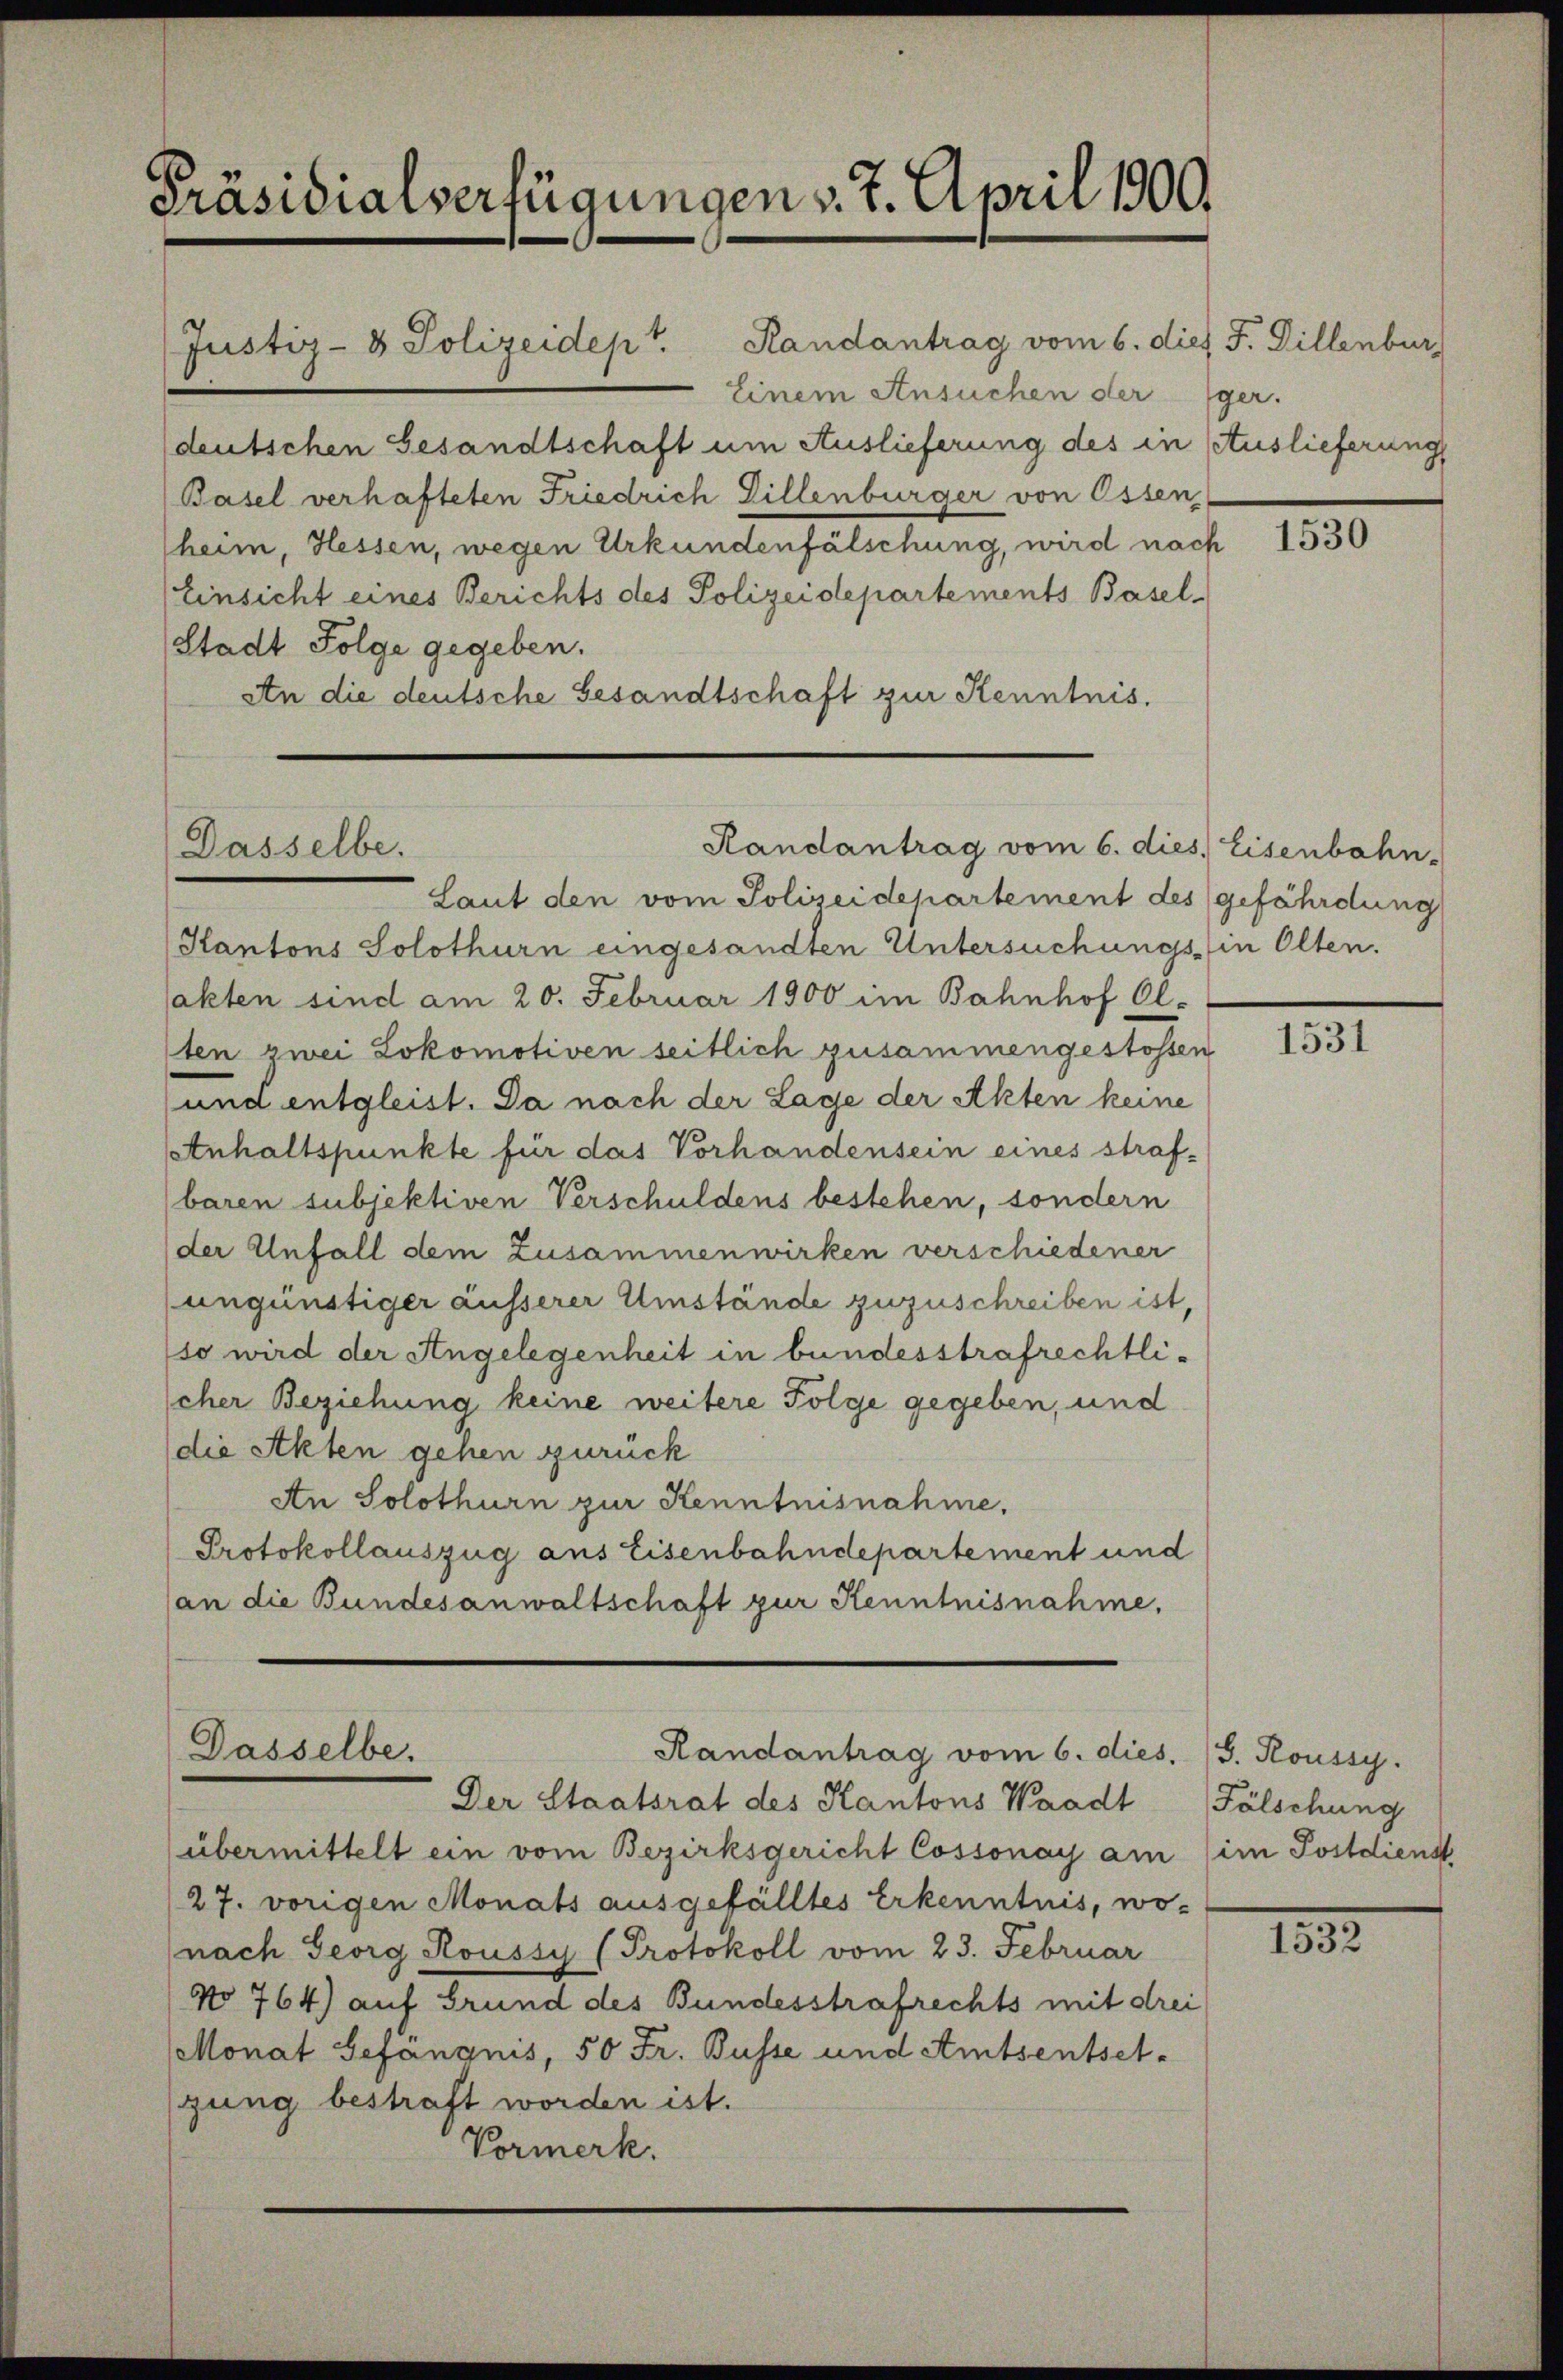
Präsidialverfügungen v. 7. April 1900.

Justiz- & Polizeidept. Randantrag vom 6. dies J. Dillenburg
Einem Ansuchen der
deutschen Gesandtschaft um Auslieferung des in Auslieferung
Basel verhafteten Friedrich Dillenburger von Essen,
heim, Hessen, wegen Urkundenfälschung, wird nach
(Einsicht eines Berichts des Polizeidepartements Basel-
Stadt Folge gegeben.
An die deutsche Gesandtschaft zur Kenntnis.

Dasselbe.

Randantrag vom 6. dies Eisenbahn.

Laut den vom Polizeidepartement des gefährdung
Kantons Solothurn eingesandten Untersuchungs- in Olten.
sakten sind am 20. Februar 1900 im Bahnhof El-
ten zwei Lokomotiven seitlich zusammengestossen
und entgleist. Da nach der Lage der Akten keine
Anhaltspunkte für das Vorhandensein eines straf-
baren subjektiven Verschuldens bestehen, sondern
der Unfall dem Zusammenwirken verschiedener
ungünstiger äusserer Umstände zuzuschreiben ist,
so wird der Angelegenheit in bundesstrafrechtlischer Beziehung keine weitere Folge gegeben, und
(die Akten gehen zurück
An Solothurn zur Kenntnisnahme.
Protokollauszug aus Eisenbahndepartement und
(an die Bundesanwaltschaft zur Kenntnisnahme.

Dasselbe.
Randantrag vom 6. dies. (s. Roussy.

Der Staatsrat des Kantons Waadt Fälschung
übermittelt ein vom Bezirksgericht Cossonay am (im Postdienst
27. vorigen Monats ausgefälltes Erkenntnis, wo-
nach Georg Roussy (Protokoll vom 23. Februar
No 764) auf Grund des Bundesstrafrechts mit drei
Monat Gefängnis, 50 Fr. Busse und Amtsentsetzung bestraft worden ist.
Vormerk.

ger.

1530

1531

1833.